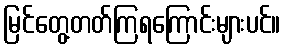
မြင်တွေ့တတ်ကြရကြောင်းများပင်။